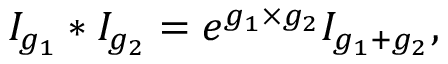
I _ { g _ { 1 } } \ast I _ { g _ { 2 } } = e ^ { g _ { 1 } \times g _ { 2 } } I _ { g _ { 1 } + g _ { 2 } } ,